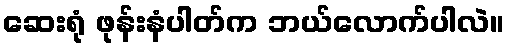
ဆေးရုံ ဖုန်းနံပါတ်က ဘယ်လောက်ပါလဲ။